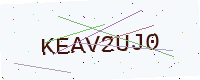
Text: KEAV2UJ0